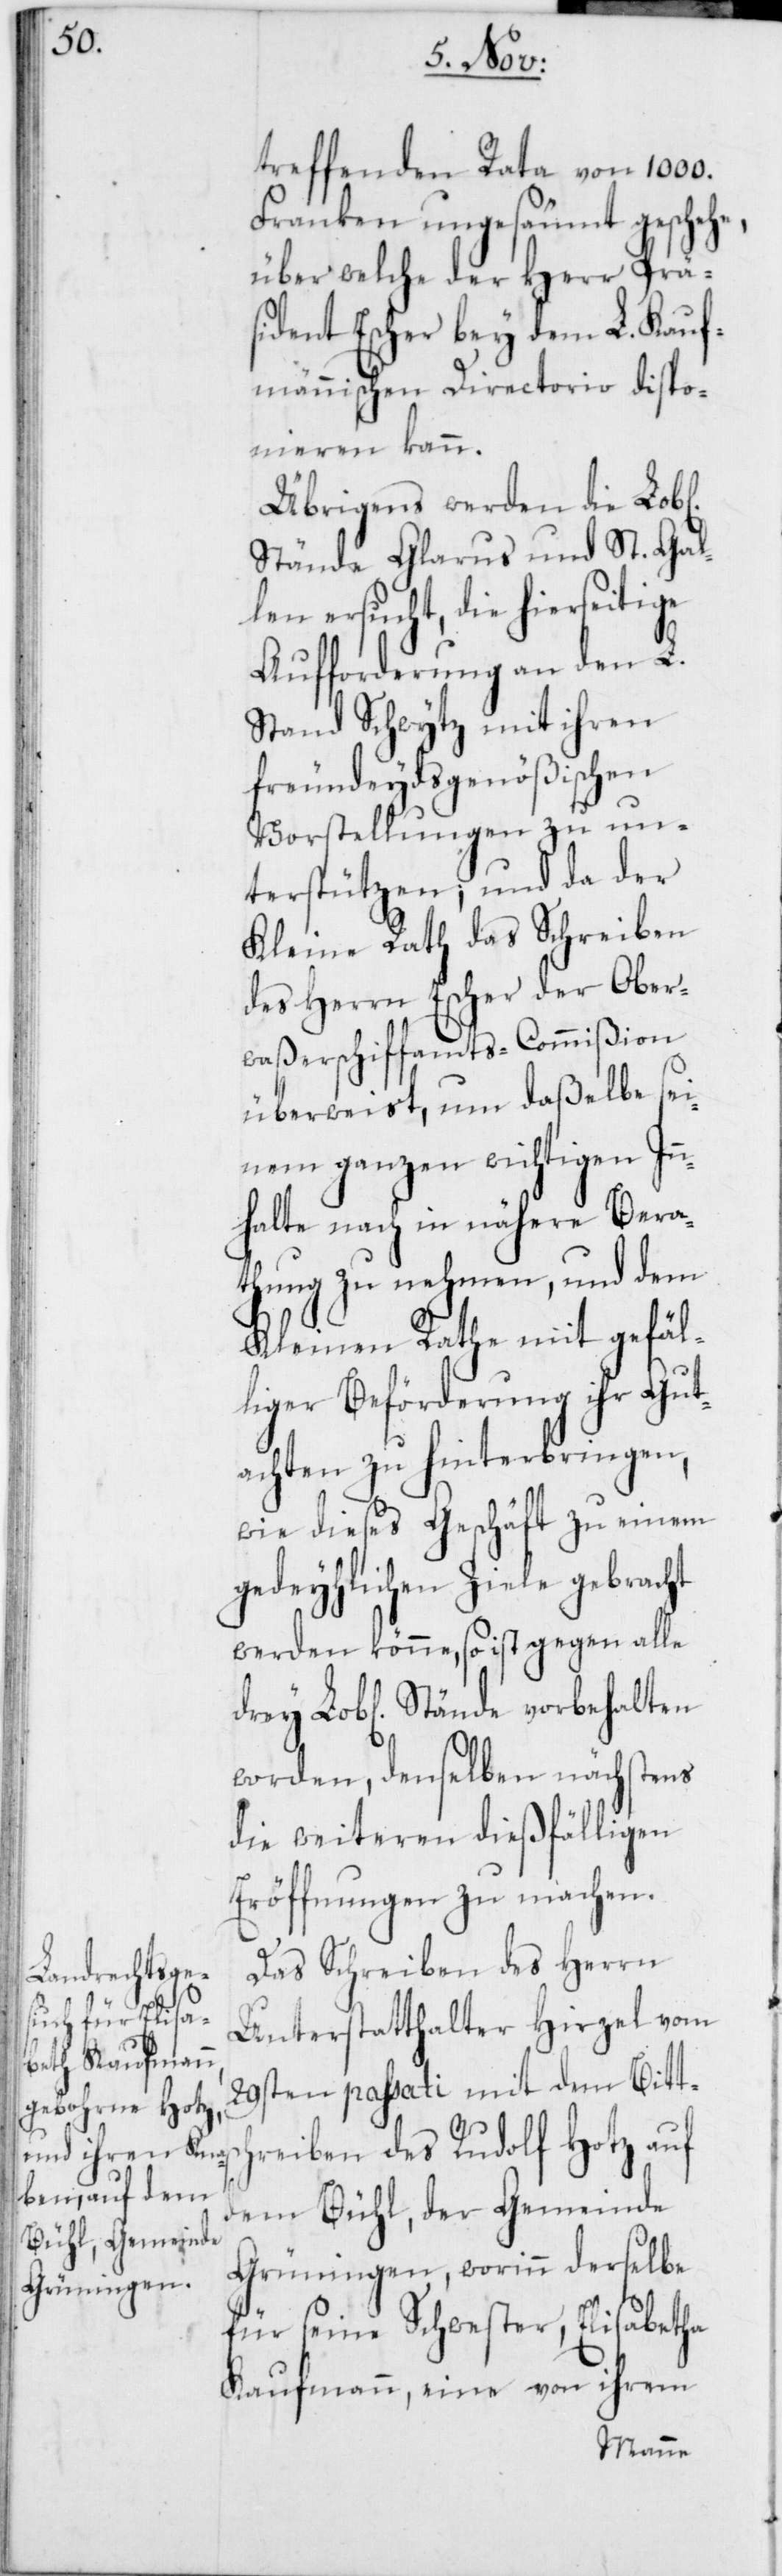
ichen]
treffenden Rata von 1000.
Franken ungesäumt geschehe,
über welche der Herr Präs¬
ident Escher bey dem L. Kauf¬
männischen Directorio dispo¬
nieren kann.
Übrigens werden die Lob[l¬
Stände Glarus und St. Gal¬
len ersucht, die hierseitige
Aufforderung an den L.
Stand Schwytz mit ihren
freundeydsgenößischen
Vorstellungen zu un¬
terstützen, und da der
Kleine Rath das Schreiben
des Herrn Escher der Ober¬
waßerschiffamts-Commißion
überweist, um daßelbe sei¬
nem ganzen wichtigen In¬
nhalte nach in nähere Bera¬
thung zu nehmen, und dem
Kleinen Rathe mit gefäl¬
liger Beförderung ihr Gut¬
achten zu hinterbringen,
wie dieses Geschäft zu einem
gedeyhlichen Ziele gebracht
werden könne, so ist gegen alle
worden, denselben nächstens
die weiteren dießfälligen
Eröffnungen zu machen.
Das Schreiben des Herrn
Unterstatthalter Hirzel vom
29sten passati mit dem Bittsc¬
hreiben des Rudolf Hotz auf
dem Bühl, der Gemeinde
Grüningen, worinn derselbe
für seine Schwester, Elisabetha
Kaufmann, eine von ihrem